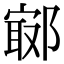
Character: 𨝢